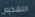
التشخيص